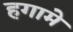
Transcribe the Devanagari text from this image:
हगामे